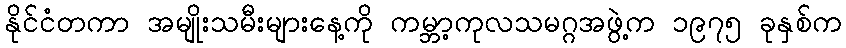
နိုင်ငံတကာ အမျိုးသမီးများနေ့ကို ကမ္ဘာ့ကုလသမဂ္ဂအဖွဲ့က ၁၉၇၅ ခုနှစ်က